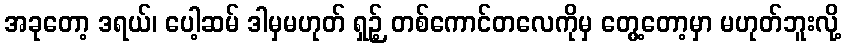
အခုတော့ ဒရယ်၊ ပေါ့ဆမ် ဒါမှမဟုတ် ရှဉ့် တစ်ကောင်တလေကိုမှ တွေ့တော့မှာ မဟုတ်ဘူးလို့